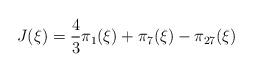
LaTeX: \begin{align*}J(\xi) = \frac{4}{3}\pi_1(\xi)+\pi_7(\xi)-\pi_{27}(\xi)\end{align*}